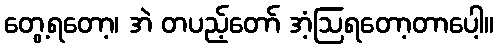
တွေ့ရတော့၊ အဲ တပည့်တော် အံ့ဩရတော့တာပေါ့။